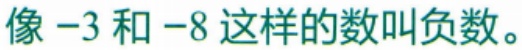
像$-3$和$-8$这样的数叫负数。